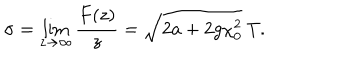
\sigma = \lim _ { z \rightarrow \infty } \frac { F ( z ) } { z } = \sqrt { 2 a + 2 g \chi _ { 0 } ^ { 2 } } \ T .